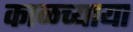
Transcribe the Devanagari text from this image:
काळच्याया